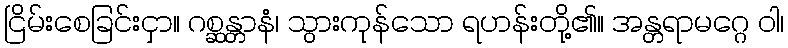
ငြိမ်းစေခြင်းငှာ။ ဂစ္ဆန္တာနံ၊ သွားကုန်သော ရဟန်းတို့၏။ အန္တရာမဂ္ဂေ ဝါ၊